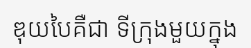
ឌុយបៃគឺជា ទីក្រុងមួយក្នុង